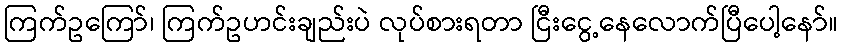
ကြက်ဥကြော်၊ ကြက်ဥဟင်းချည်းပဲ လုပ်စားရတာ ငြီးငွေ့နေလောက်ပြီပေါ့နော်။